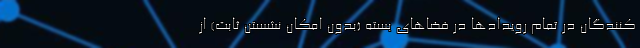
کنندگان در تمام رویدادها در فضاهای بسته (بدون امکان نشستن ثابت) از